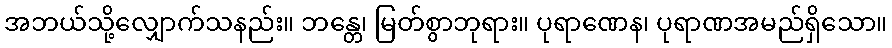
အဘယ်သို့လျှောက်သနည်း။ ဘန္တေ၊ မြတ်စွာဘုရား။ ပုရာဏေန၊ ပုရာဏအမည်ရှိသော။